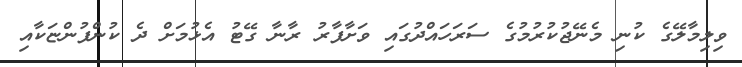
ވިލިމާލޭގެ ކުނި މެނޭޖުކުރުމުގެ ސަރަހައްދުގައި ވަށާފާރު ރާނާ ގޭޓު އެޅުމަށް ދެ ކުންފުންޏަކާއި